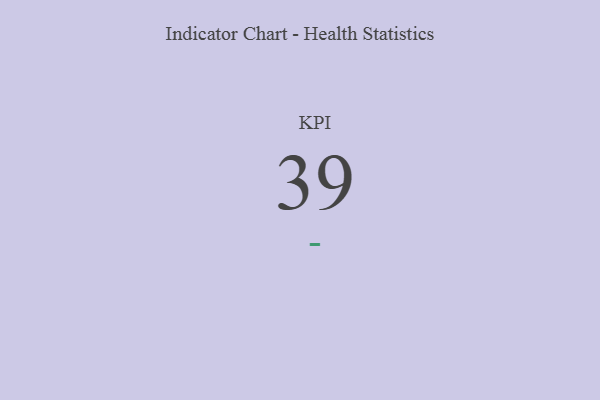
{"axis": {"x": "KPI", "y": "Value"}, "legend": [""], "data": [{"x": "KPI", "y": 39, "type": ""}]}